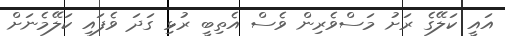
އައީ ކަލޭގެ ރަށު މަސްވެރިން ވެސް އެތިބީ ރުޅި ގަދަ ވެފައި ކަލޭމެނަށް